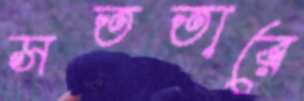
সততারে